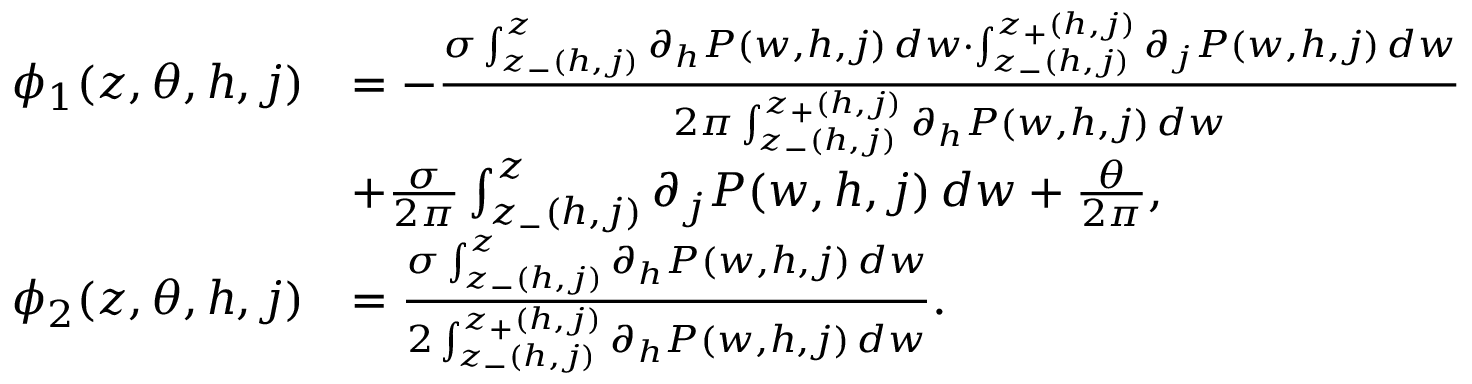
\begin{array} { r l } { \phi _ { 1 } ( z , \theta , h , j ) } & { = - \frac { \sigma \int _ { z _ { - } ( h , j ) } ^ { z } \partial _ { h } P ( w , h , j ) \, d w \cdot \int _ { z _ { - } ( h , j ) } ^ { z _ { + } ( h , j ) } \partial _ { j } P ( w , h , j ) \, d w } { 2 \pi \int _ { z _ { - } ( h , j ) } ^ { z _ { + } ( h , j ) } \partial _ { h } P ( w , h , j ) \, d w } } \\ & { + \frac { \sigma } { 2 \pi } \int _ { z _ { - } ( h , j ) } ^ { z } \partial _ { j } P ( w , h , j ) \, d w + \frac { \theta } { 2 \pi } , } \\ { \phi _ { 2 } ( z , \theta , h , j ) } & { = \frac { \sigma \int _ { z _ { - } ( h , j ) } ^ { z } \partial _ { h } P ( w , h , j ) \, d w } { 2 \int _ { z _ { - } ( h , j ) } ^ { z _ { + } ( h , j ) } \partial _ { h } P ( w , h , j ) \, d w } . } \end{array}